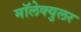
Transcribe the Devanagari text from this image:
मॉलेक्‍युलर